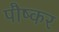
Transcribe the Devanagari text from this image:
पौष्कर